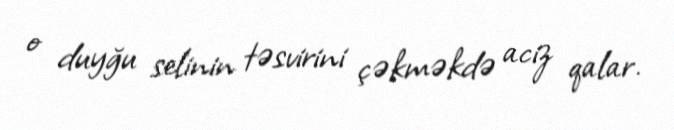
o duyğu selinin təsvirini çəkməkdə aciz qalar.